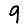
Digit: 9